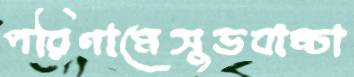
পরিণামেসুডবাচ্চা